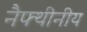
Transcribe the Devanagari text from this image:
नैफ्थीनीय